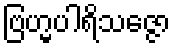
ဗြဟ္မပါရိသဇ္ဇော